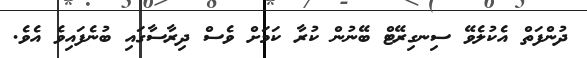
ދުންފަތް އެކުލެވޭ ސިނގިރޭޓް ބޭނުން ކުރާ ކަމަށް ވެސް ދިރާސާގައި ބުނެފައިވެ އެވެ.